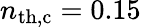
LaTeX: n_{\mathrm{th,c}}=0.15